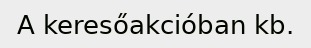
A keresőakcióban kb.